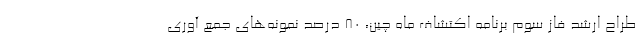
طراح ارشد فاز سوم برنامه اکتشاف ماه چین، ۸۰ درصد نمونه‌های جمع آوری